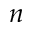
n